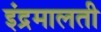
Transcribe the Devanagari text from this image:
इंद्रमालती